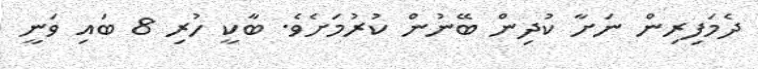
ދެމަފިރިން ނަށާ ކުދިން ބޭނުން ކުރުމަށެވެ. ބާކީ ހުރި 8 ބައި ވަނީ